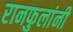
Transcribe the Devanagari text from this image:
रानफुलांनी